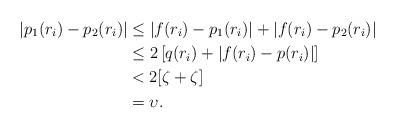
\begin{align*} |p_1(r_i)-p_2(r_i)|&\leq |f(r_i)-p_1(r_i)|+|f(r_i)-p_2(r_i)|\\&\leq 2\left[q(r_i)+|f(r_i)-p(r_i)|\right]\\&< 2[\zeta+\zeta]\\&=\upsilon.\end{align*}